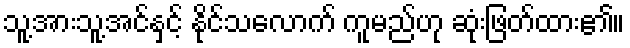
သူ့အားသူ့အင်နှင့် နိုင်သလောက် ကူမည်ဟု ဆုံးဖြတ်ထား၏။